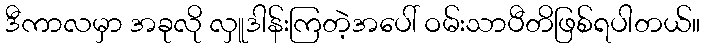
ဒီကာလမှာ အခုလို လှူဒါန်းကြတဲ့အပေါ် ဝမ်းသာပီတိဖြစ်ရပါတယ်။